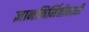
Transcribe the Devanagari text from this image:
ज्ञाननिर्मितीसाठी